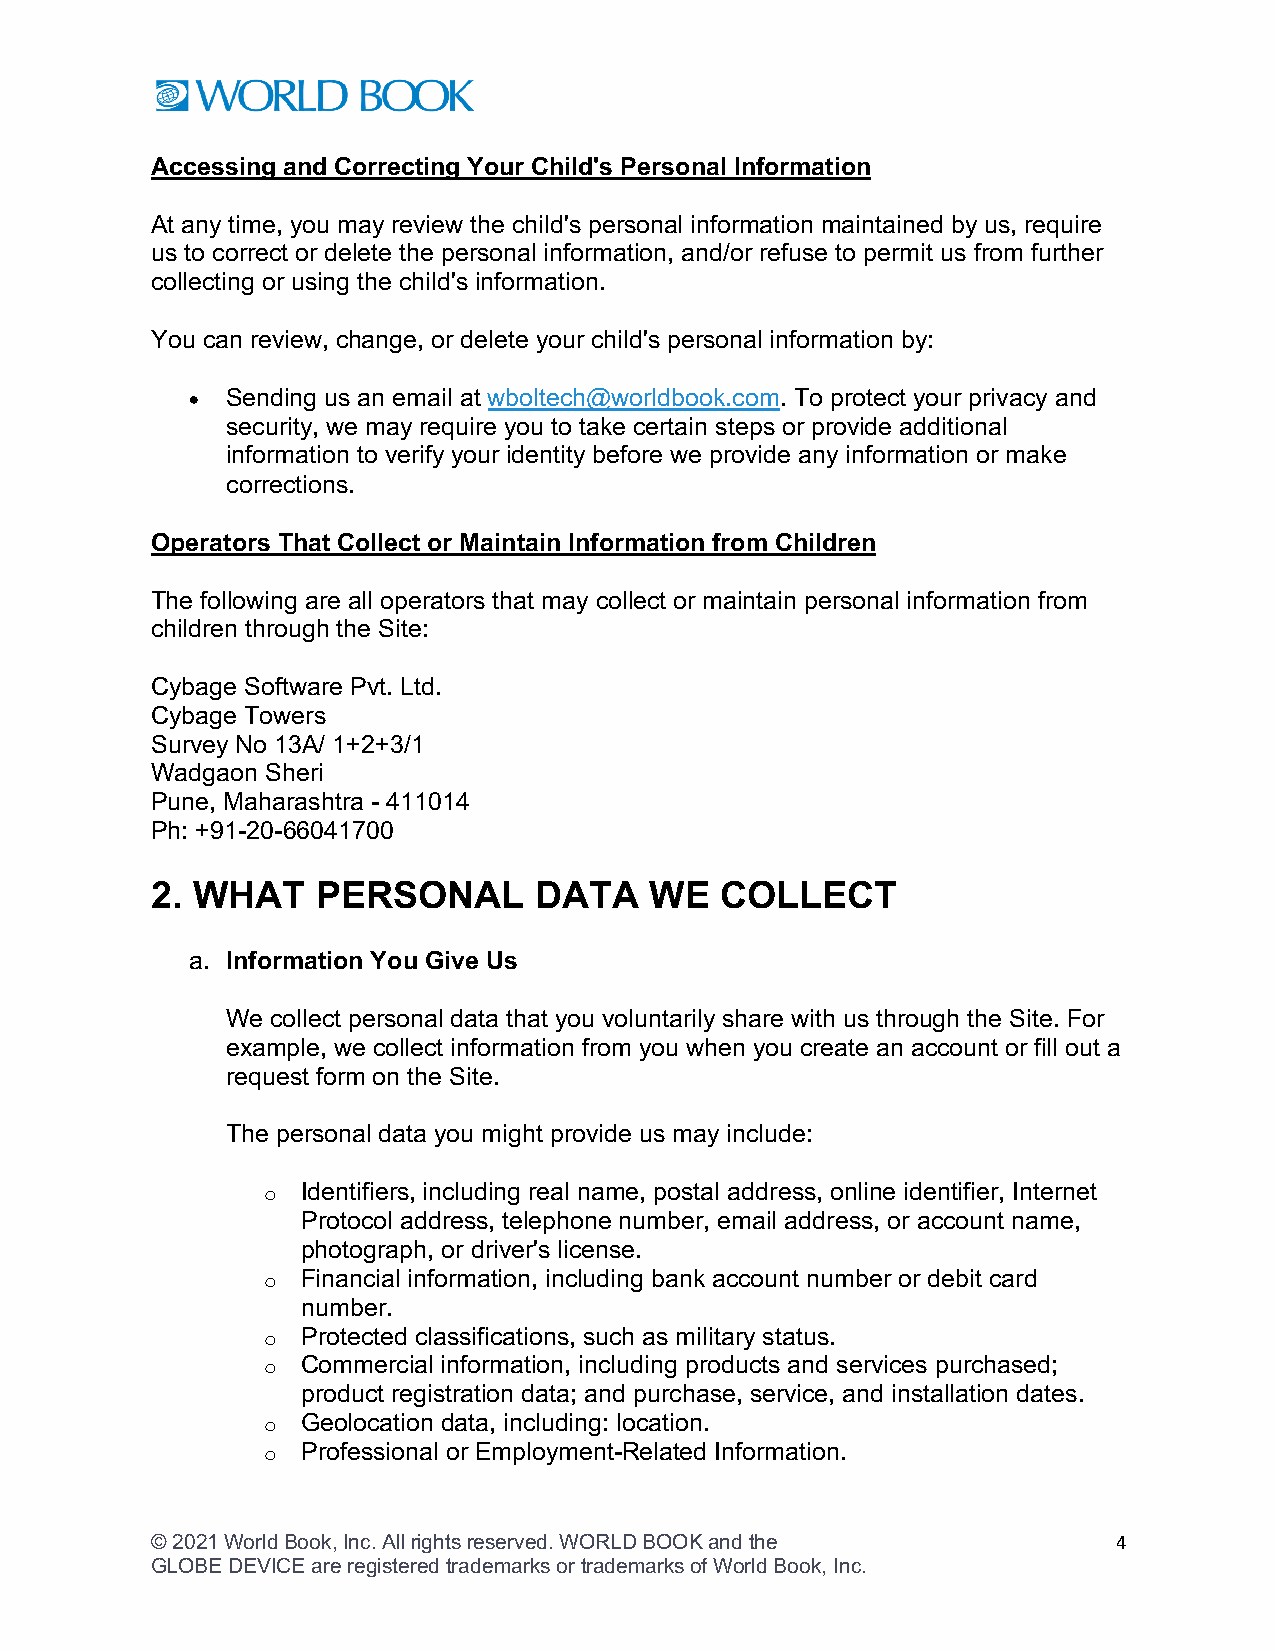
Accessing and Correcting Your Child's Personal Information
 At any time, you may review the child's personal information maintained by us, require
 us to correct or delete the personal information, and/or refuse to permit us from further
 collecting or using the child's information.
 You can review, change, or delete your child's personal information by:
 •  Sending us an email at wboltech@worldbook.com. To protect your privacy and
 security, we may require you to take certain steps or provide additional
 information to verify your identity before we provide any information or make
 corrections.
 Operators That Collect or Maintain Information from Children
 The following are all operators that may collect or maintain personal information from
 children through the Site:
 Cybage Software Pvt. Ltd.
 Cybage Towers
 Survey No 13A/ 1+2+3/1
 Wadgaon Sheri
 Pune, Maharashtra - 411014
 Ph: +91-20-66041700
 2. WHAT    PERSONAL      DATA    WE   COLLECT
 a. Information You Give Us
 We collect personal data that you voluntarily share with us through the Site. For
 example, we collect information from you when you create an account or fill out a
 request form on the Site.
 The personal data you might provide us may include:
 o  Identifiers, including real name, postal address, online identifier, Internet
 Protocol address, telephone number, email address, or account name,
 photograph, or driver's license.
 o  Financial information, including bank account number or debit card
 number.
 o  Protected classifications, such as military status.
 o  Commercial information, including products and services purchased;
 product registration data; and purchase, service, and installation dates.
 o  Geolocation data, including: location.
 o  Professional or Employment-Related Information.
 © 2021 World Book, Inc. All rights reserved. WORLD BOOK and the 4
 GLOBE DEVICE are registered trademarks or trademarks of World Book, Inc.